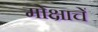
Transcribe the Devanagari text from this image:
मोक्षाचें